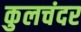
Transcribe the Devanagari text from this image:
कुलचंदर